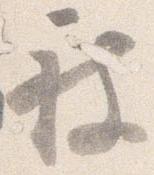
被